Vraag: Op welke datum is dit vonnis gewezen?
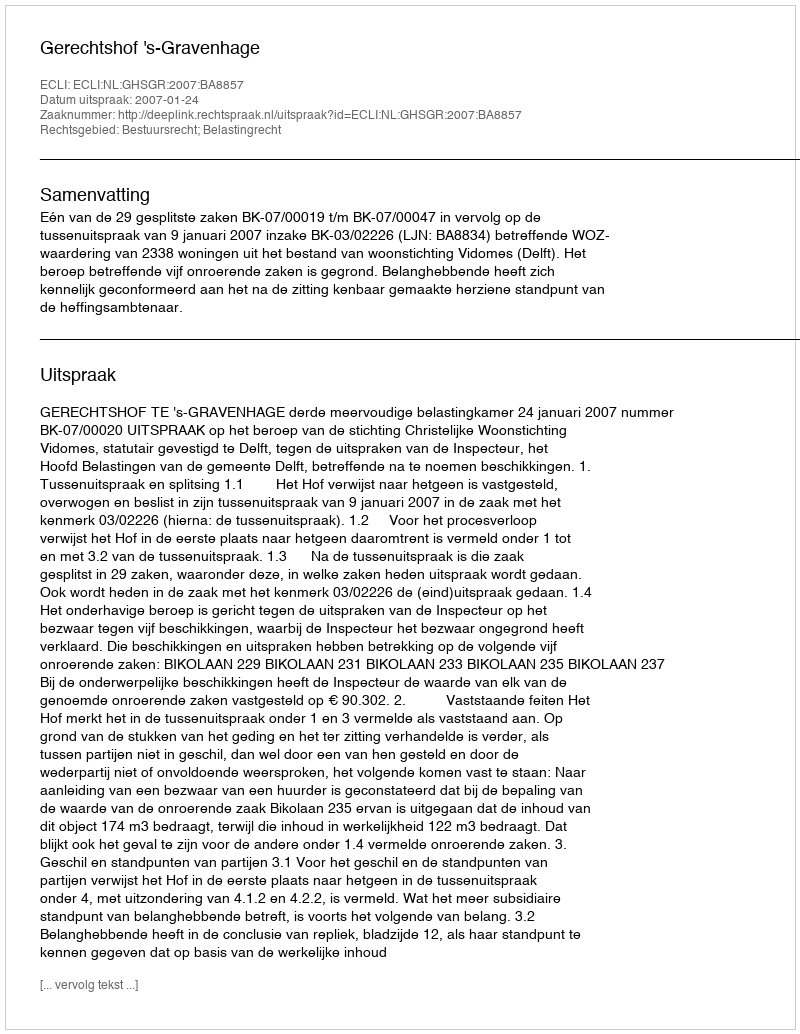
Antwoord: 2007-01-24